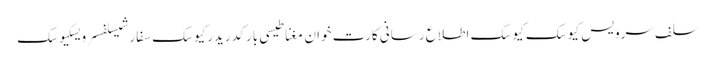
سلف سرویس کیوسک کیوسک اطلاع رسانی کارت خوان مغناطیسی بارکد ریدرکیوسک سفارشیسلفسرویسکیوسک